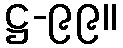
ဋ္ဌ-၉၉။